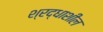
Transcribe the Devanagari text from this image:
श्रद्धाशील